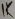
Text: 1K